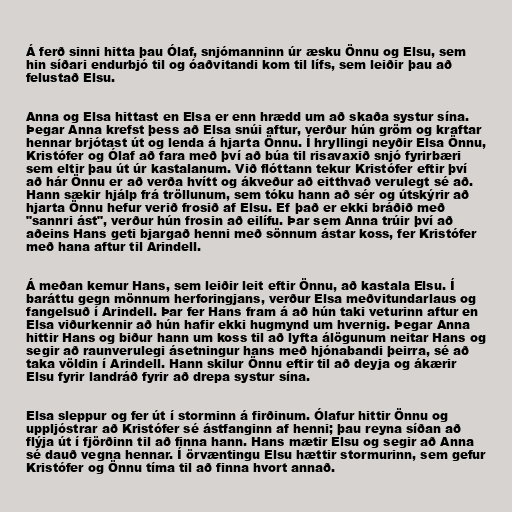
Á ferð sinni hitta þau Ólaf, snjómanninn úr æsku Önnu og Elsu, sem
hin síðari endurbjó til og óaðvitandi kom til lífs, sem leiðir þau að
felustað Elsu.

Anna og Elsa hittast en Elsa er enn hrædd um að skaða systur sína.
Þegar Anna krefst þess að Elsa snúi aftur, verður hún gröm og kraftar
hennar brjótast út og lenda á hjarta Önnu. Í hryllingi neyðir Elsa Önnu,
Kristófer og Ólaf að fara með því að búa til risavaxið snjó fyrirbæri
sem eltir þau út úr kastalanum. Við flóttann tekur Kristófer eftir því
að hár Önnu er að verða hvítt og ákveður að eitthvað verulegt sé að.
Hann sækir hjálp frá tröllunum, sem tóku hann að sér og útskýrir að
hjarta Önnu hefur verið frosið af Elsu. Ef það er ekki bráðið með
"sannri ást", verður hún frosin að eilífu. Þar sem Anna trúir því að
aðeins Hans geti bjargað henni með sönnum ástar koss, fer Kristófer
með hana aftur til Arindell.

Á meðan kemur Hans, sem leiðir leit eftir Önnu, að kastala Elsu. Í
baráttu gegn mönnum herforingjans, verður Elsa meðvitundarlaus og
fangelsuð í Arindell. Þar fer Hans fram á að hún taki veturinn aftur en
Elsa viðurkennir að hún hafir ekki hugmynd um hvernig. Þegar Anna
hittir Hans og biður hann um koss til að lyfta álögunum neitar Hans og
segir að raunverulegi ásetningur hans með hjónabandi þeirra, sé að
taka völdin í Arindell. Hann skilur Önnu eftir til að deyja og ákærir
Elsu fyrir landráð fyrir að drepa systur sína.

Elsa sleppur og fer út í storminn á firðinum. Ólafur hittir Önnu og
uppljóstrar að Kristófer sé ástfanginn af henni; þau reyna síðan að
flýja út í fjörðinn til að finna hann. Hans mætir Elsu og segir að Anna
sé dauð vegna hennar. Í örvæntingu Elsu hættir stormurinn, sem gefur
Kristófer og Önnu tíma til að finna hvort annað.